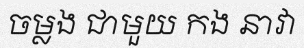
ចម្លង ជាមួយ កង នាវា